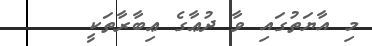
މި އާޔަތުގައި ވާ ދުޢާގެ ޢިބާރާތަކީ